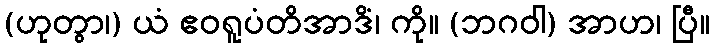
(ဟုတွာ၊) ယံ ဧဝရူပံတိအာဒိံ၊ ကို။ (ဘဂဝါ) အာဟ၊ ပြီ။